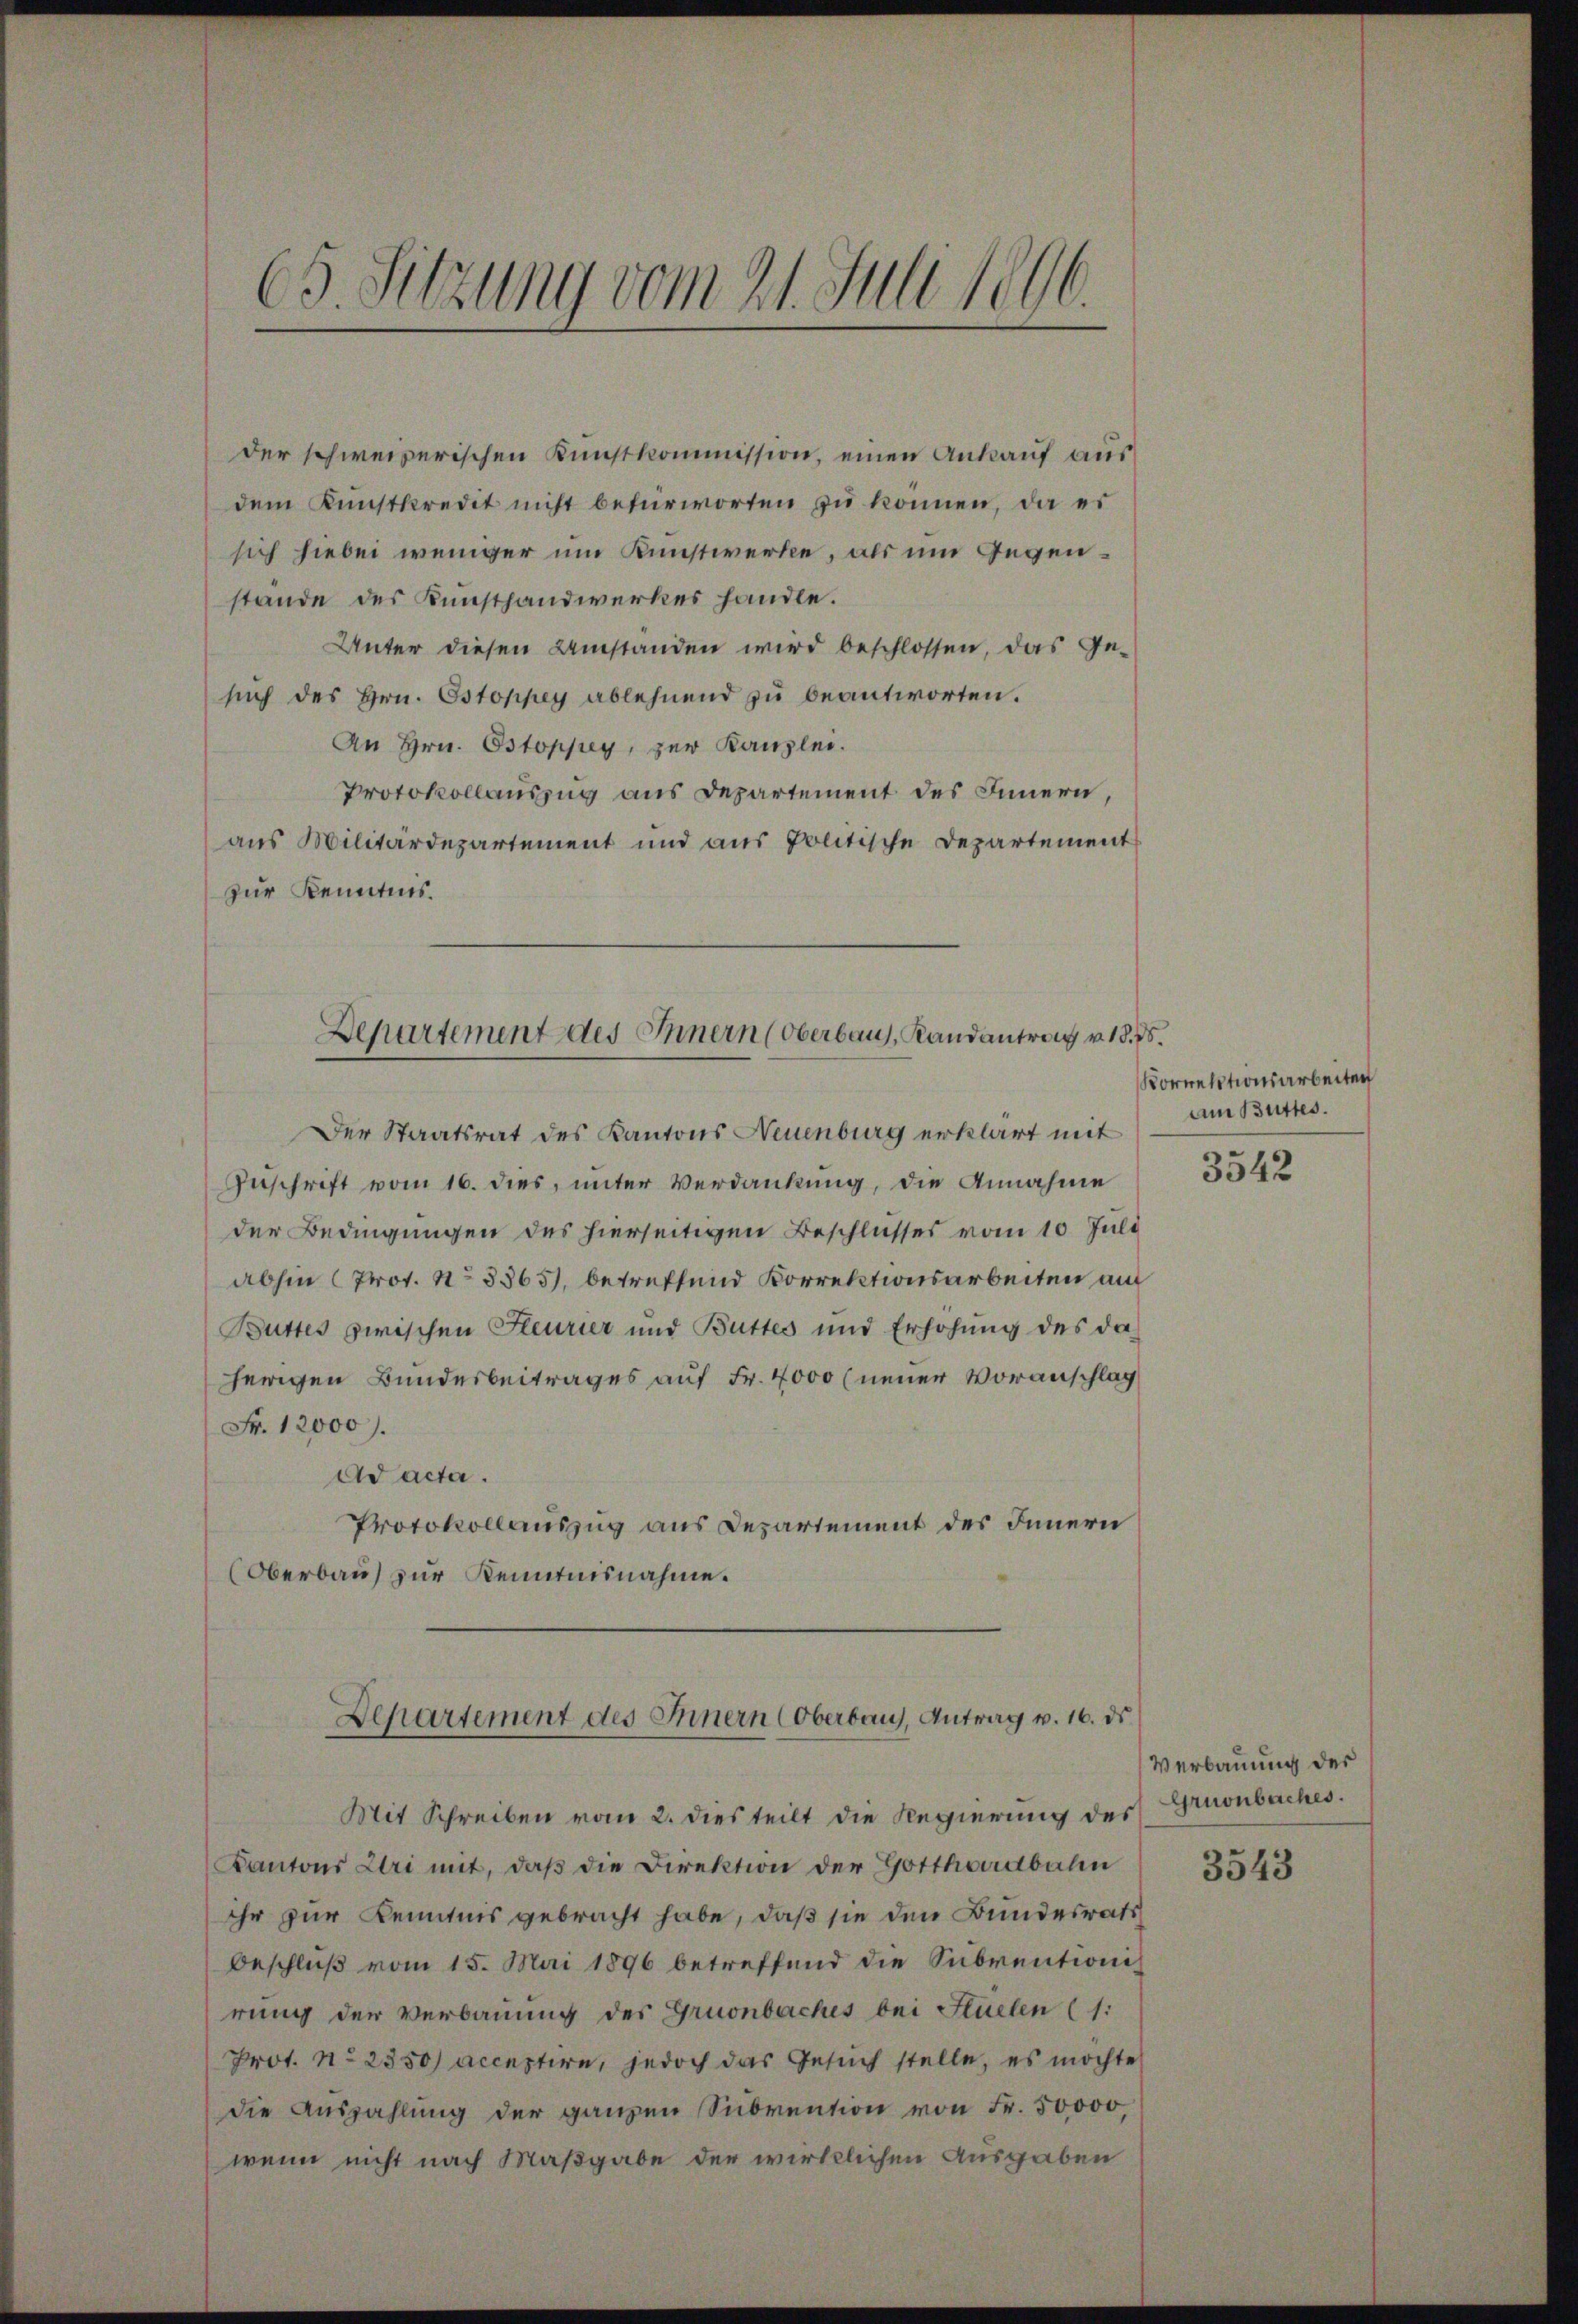
65. Sitzung vom 21. Juli 1896.

der schweizerischen Kunstkommission, einen Ankauf aus
dem Kunstkredit nicht befürworten zu können, da es
sich hiebei weniger um Kunstwerke, als um Gegenstande des Kunsthandwerkes handle.
Unter diesen Umstanden wird beschlossen, das Ge-
such des Hrn. Ostoppey ablehnend zu beantworten.
An Hrn. Ostoppey, zur Kanzlei.
Protokollauszug aus Departement des Innern,
aus Militärdepartement und aus politische Departement
zur Kenntnis.
Der Staatsrat des Kantons Neuenburg erklärt mit
Zuschrift vom 16. dies, unter Verdankung, die Annahme
der Bedingungen des hierseitigen Beschlusses vom 10. Juli
abhin (Prof. No 3865), betreffend Korrektionsarbeiten auf
Buttes zwischen Feurier und Buttes und Erhöhŭng des da
herigen Bundesbeitrages auf Fr. 4000 (neuer Voranschlag
Fr. 12000.
Ad acta.
Protokollauszug aus Departement des Innern
Oberbau zur Kenntnisnahme.

Departement des Innern (Oberbaus, Randantrag v. 18. d.

Mit Schreiben vom 2. dies teilt die Regierung des
Kantons Uri mit, daβ die Direktion der Gotthardbahn
ihr zur Kenntnis gebracht habe, daß sie den Bundesrath
Beschlŭβ vom 15. Mai 1896 betreffend die Subventions-
rung der Verbauung des Gruonbaches bei Stielen (1:
Prot. No 2350/ acceptire, jedoch das Gesuch stelle, es möchte
die Auszahlung der ganzen Subvention von Fr. 50,000,
wenn nicht nach Maßgabe der wirklichen Ausgaben

Departement des Innern (Oberbaus, Antrag v. 16. ds.

Korrektionsarbeiten
am Buttes.

3542

Verbauung des
Gruonbaches.

3543